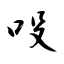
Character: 吺